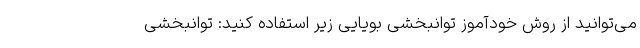
می‌توانید از روش خودآموز توانبخشی بویایی زیر استفاده کنید: توانبخشی